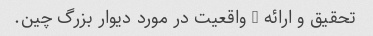
تحقیق و ارائه 2 واقعیت در مورد دیوار بزرگ چین.